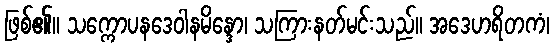
ဖြစ်၏။ သက္ကောပနဒေဝါနမိန္ဒော၊ သကြားနတ်မင်းသည်။ အဒေဟရိတကံ၊